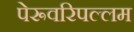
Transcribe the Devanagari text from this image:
पेरूवरिपल्लम